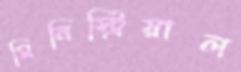
মিনিস্ট্রিয়াল